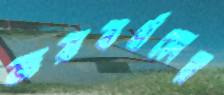
জয়বর্ধনের